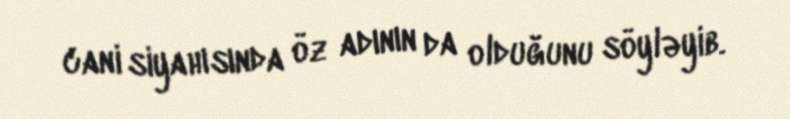
cani siyahısında öz adının da olduğunu söyləyib.